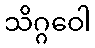
သိဂ္ဂဝေါ